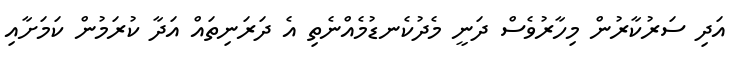
އަދި ސަރުކާރުން މިހާރުވެސް ދަނީ މެދުކެނޑުމެއްނެތި އެ ދަރަނިތައް އަދާ ކުރަމުން ކަމަށާއި